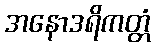
အနောဒရိကတ္တံ